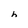
Character: h